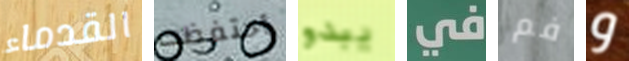
القدماء أحتفظت يبدو في فم و